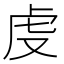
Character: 𧆛